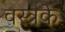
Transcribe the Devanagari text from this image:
वस्त्रके